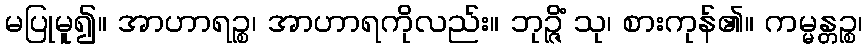
မပြုမူ၍။ အာဟာရဉ္စ၊ အာဟာရကိုလည်း။ ဘုဉ္ဇိံ သု၊ စားကုန်၏။ ကမ္မန္တဉ္စ၊